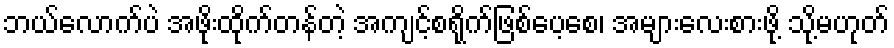
ဘယ်လောက်ပဲ အဖိုးထိုက်တန်တဲ့ အကျင့်စရိုက်ဖြစ်ပေ့စေ၊ အများလေးစားဖို့ သို့မဟုတ်